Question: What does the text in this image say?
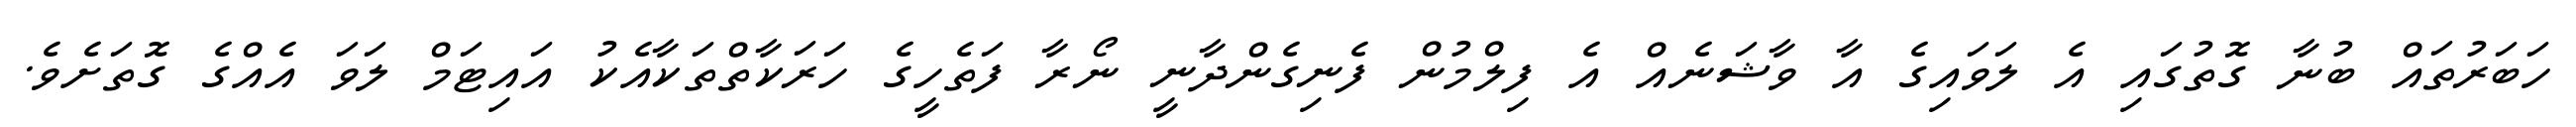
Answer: ހަބަރުތައް ބުނާ ގޮތުގައި އެ ލަވައިގެ އާ ވާޝަނެއް އެ ފިލްމުން ފެނިގެންދާނީ ނޯރާ ފަތެހީގެ ހަރަކާތްތަކާއެކު އައިޓަމް ލަވަ އެއްގެ ގޮތަށެވެ.